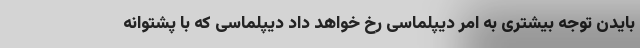
بایدن توجه بیشتری به امر دیپلماسی رخ خواهد داد دیپلماسی که با پشتوانه